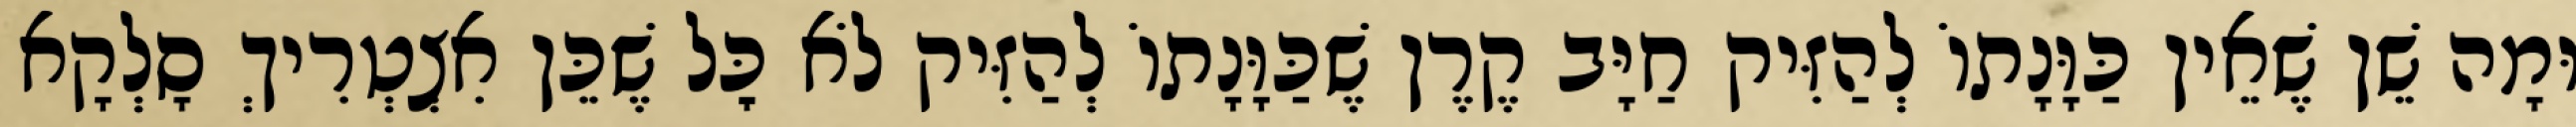
וּמָה שֵׁן שֶׁאֵין כַּוָּנָתוֹ לְהַזִּיק חַיָּב קֶרֶן שֶׁכַּוָּנָתוֹ לְהַזִּיק לֹא כׇּל שֶׁכֵּן אִצְטְרִיךְ סָלְקָא